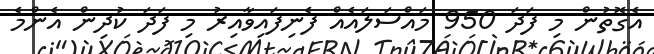
އެގޮތުން މި ފަދަ 950 މައްސަލައެއް ފެނިފައިވާއިރު މި ފަދަ ކުދިން އެންމެ